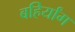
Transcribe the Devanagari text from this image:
बहिर्यांग